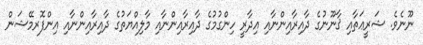
ނޫނެވެ. ޝަރީޢަތާއި ޤާނޫނުގެ ދާއިރާއިންނާއި އިދާރީ ހިންގުމުގެ ދާއިރާއިންނާއި މާލިއްޔަތުގެ ދާއިރާއިންނާއި އިންފޮރމޭޝަން